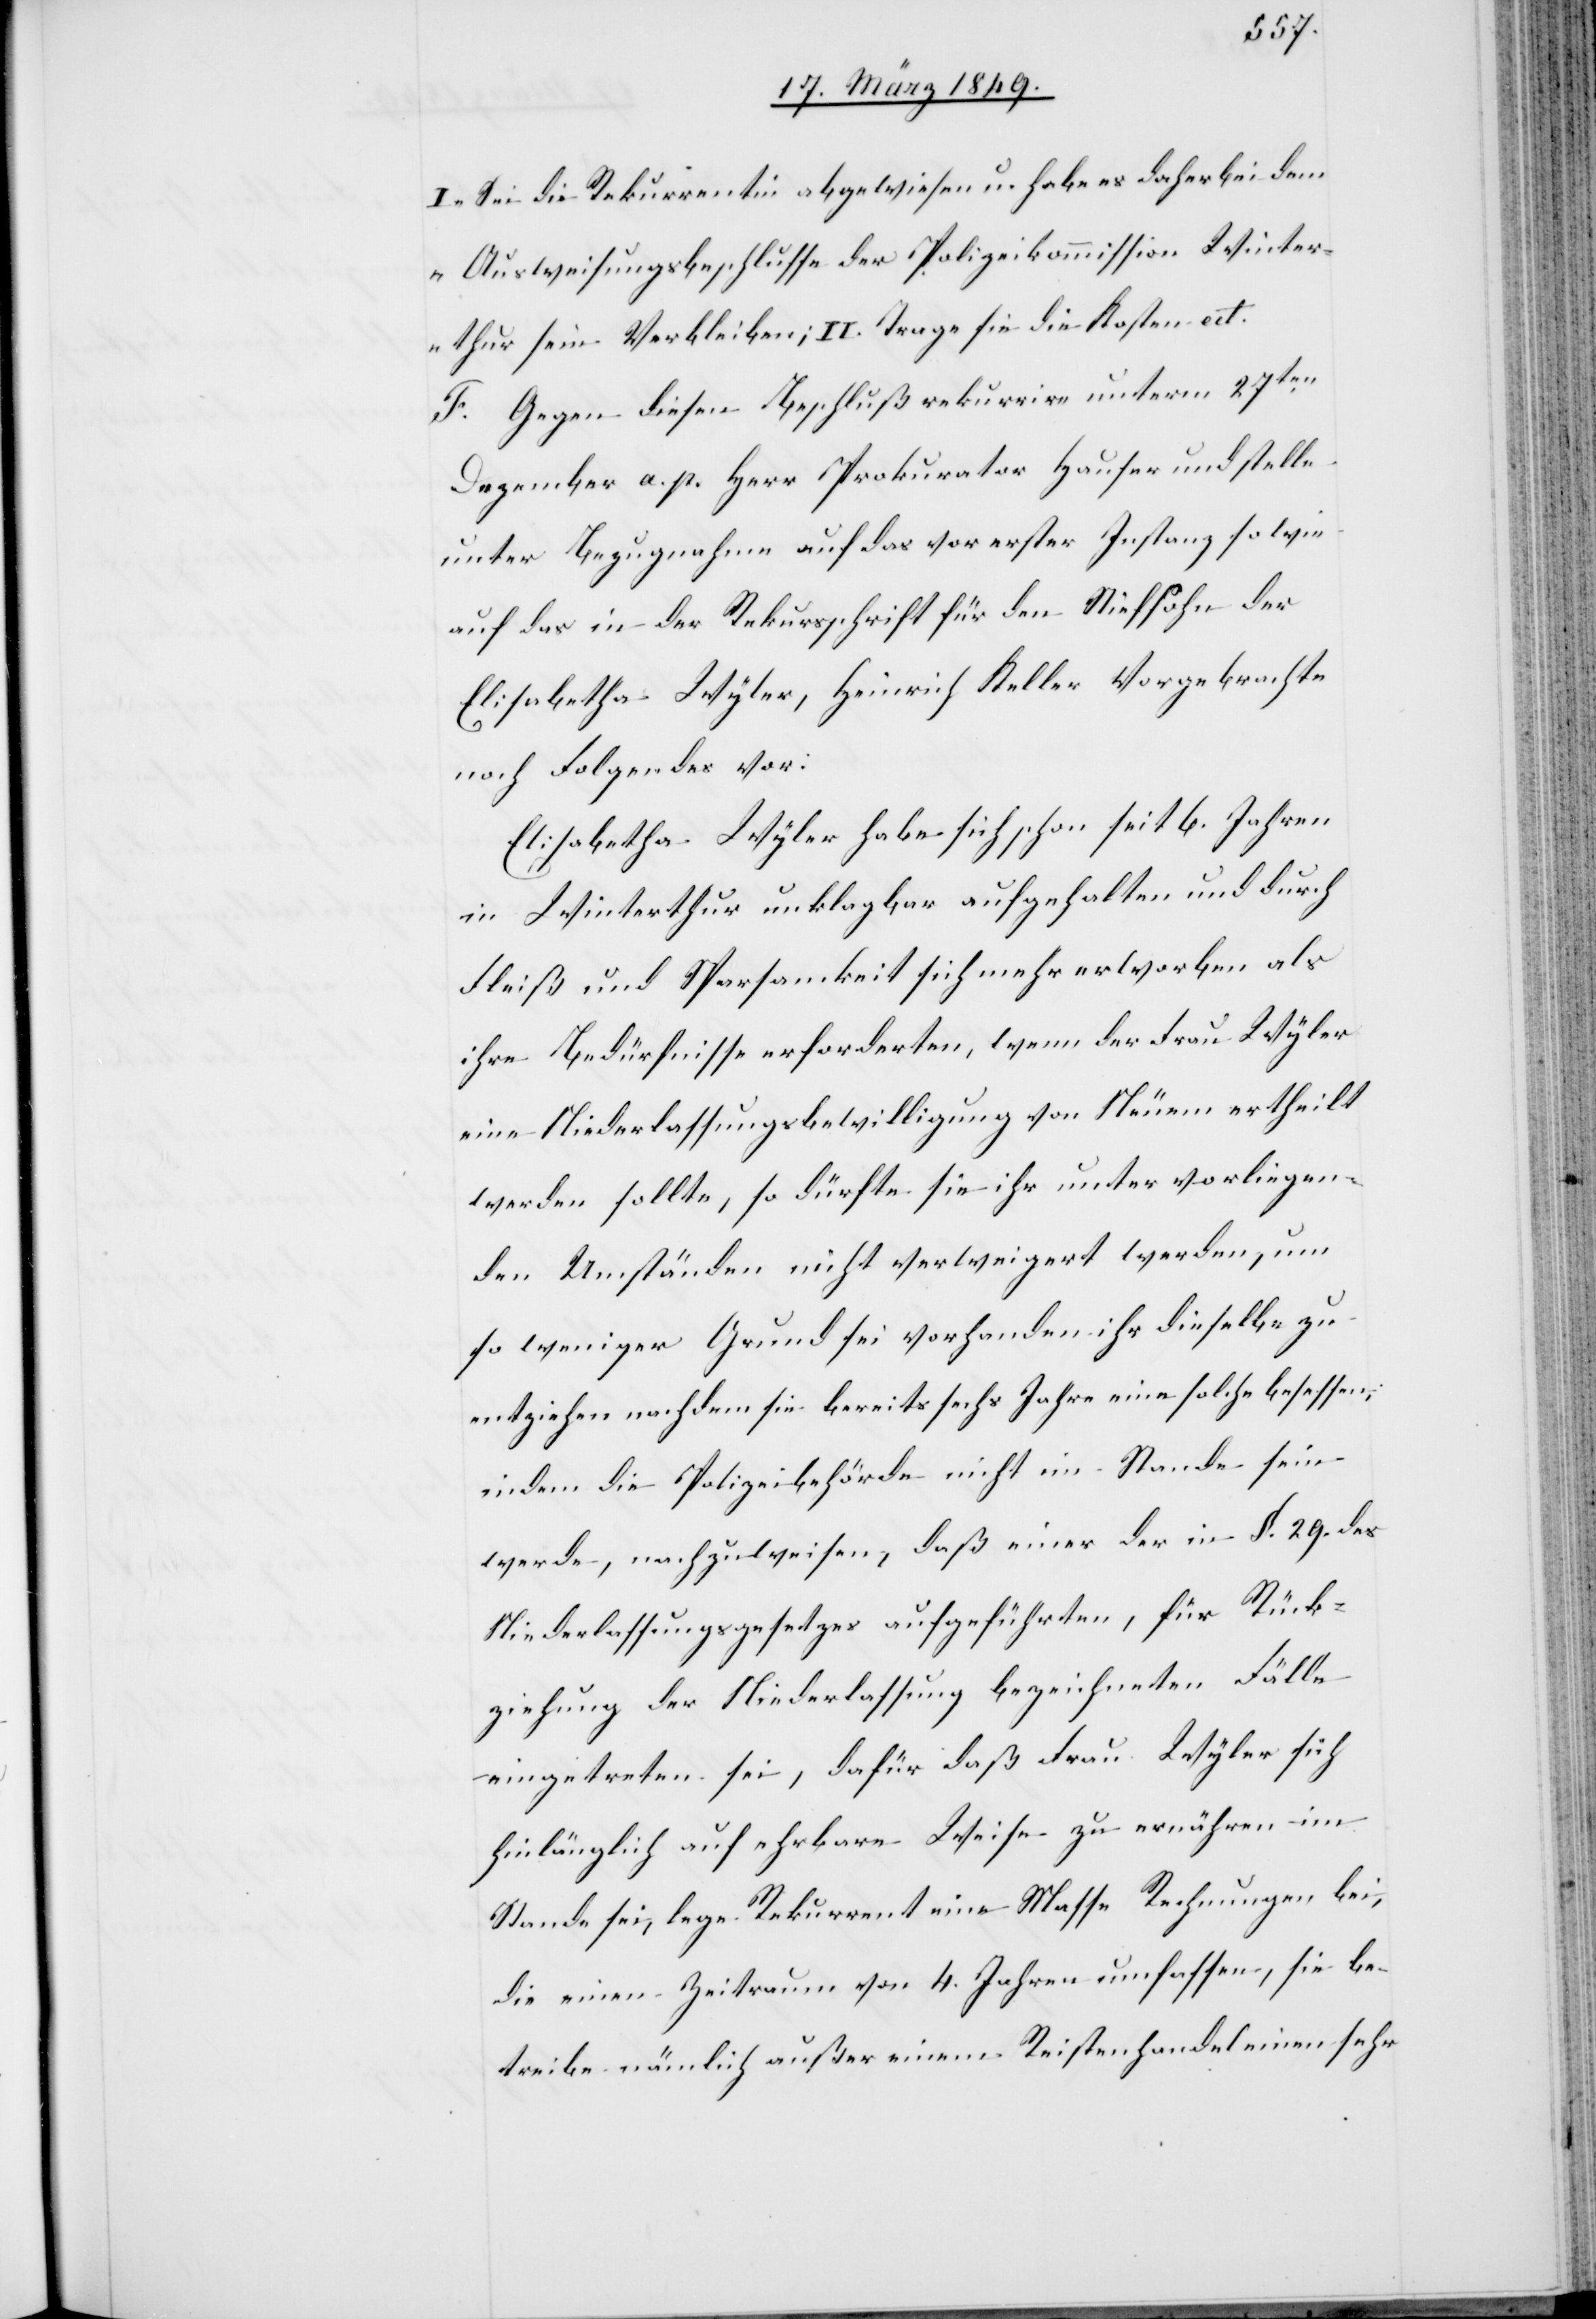
I. „Sei die Rekurrentin abgewiesen u. habe es daher bei dem
Ausweisungsbeschlusse der Polizeikommission Winter¬
thur sein Verbleiben; II. Trage sie die Kosten
F. Gegen diesen Beschluß rekurrire unterm 27ten.
Dezember a. p. Herr Prokurator Hauser und stelle
unter Bezugnahme auf das vor erster Instanz so wie
auf das in der Rekursschrift für den Stiefsohn der
Elisabetha Wyler, Heinrich Keller Vorgebrachte
noch Folgendes vor:
Elisabetha Wyler habe sich schon seit 6. Jahren
in Winterthur unklagbar aufgehalten und durch
Fleiß und Sparsamkeit sich mehr erworben als
ihre Bedürfnisse erforderten, wenn der Frau Wyler
eine Niederlassungsbewilligung von Neuem ertheilt
werden sollte, so dürfte sie ihr unter vorliegen¬
den Umständen nicht verweigert werden, um
so weniger Grund sei vorhanden ihr dieselbe zu
entziehen nachdem sie bereits sechs Jahre eine solche besessen;
indem die Polizeibehörde nicht im Stande sein
werde, nachzuweisen, daß einer der in §. 29. des
Niederlassungsgesetzes aufgeführten, für Rück¬
ziehung der Niederlassung bezeichneten Fälle
eingetreten sei, dafür daß Frau Wyler sich
hinlänglich auf ehrbare Weise zu ernähren im
Stande sei, lege Rekurrent eine Masse Rechnungen bei,
die einen Zeitraum von 4. Jahren umfassen, sie be¬
treibe nämlich außer einem Reistenhandel einen sehr